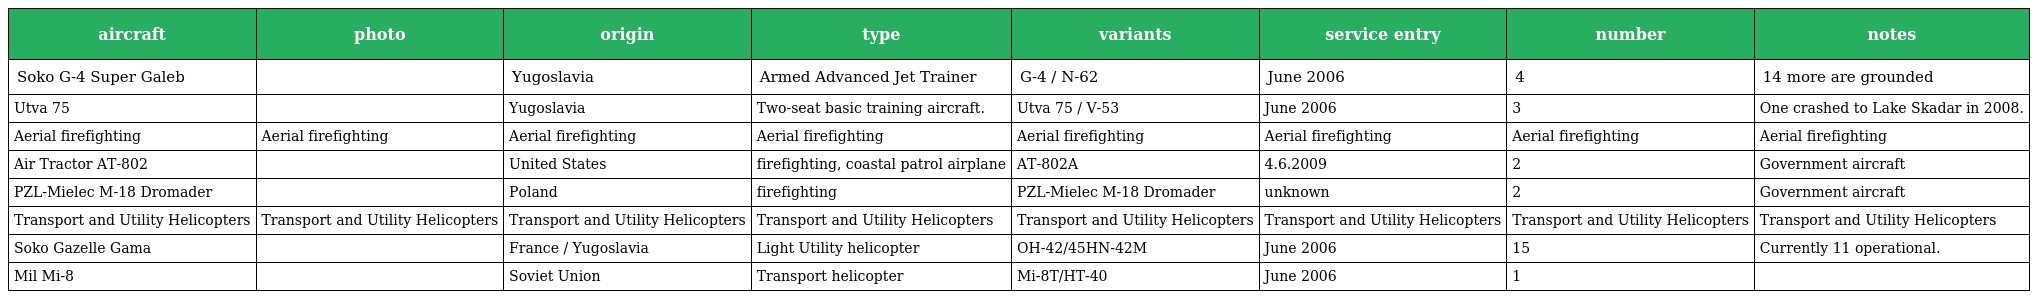
| aircraft | photo | origin | type | variants | service entry | number | notes |
 | --- | --- | --- | --- | --- | --- | --- | --- |
 | Soko G-4 Super Galeb |  | Yugoslavia | Armed Advanced Jet Trainer | G-4 / N-62 | June 2006 | 4 | 14 more are grounded |
 | Utva 75 |  | Yugoslavia | Two-seat basic training aircraft. | Utva 75 / V-53 | June 2006 | 3 | One crashed to Lake Skadar in 2008. |
 | Aerial firefighting | Aerial firefighting | Aerial firefighting | Aerial firefighting | Aerial firefighting | Aerial firefighting | Aerial firefighting | Aerial firefighting |
 | Air Tractor AT-802 |  | United States | firefighting, coastal patrol airplane | AT-802A | 4.6.2009 | 2 | Government aircraft |
 | PZL-Mielec M-18 Dromader |  | Poland | firefighting | PZL-Mielec M-18 Dromader | unknown | 2 | Government aircraft |
 | Transport and Utility Helicopters | Transport and Utility Helicopters | Transport and Utility Helicopters | Transport and Utility Helicopters | Transport and Utility Helicopters | Transport and Utility Helicopters | Transport and Utility Helicopters | Transport and Utility Helicopters |
 | Soko Gazelle Gama |  | France / Yugoslavia | Light Utility helicopter | OH-42/45HN-42M | June 2006 | 15 | Currently 11 operational. |
 | Mil Mi-8 |  | Soviet Union | Transport helicopter | Mi-8T/HT-40 | June 2006 | 1 |  |